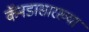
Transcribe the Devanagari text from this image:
कॅनडासारख्या